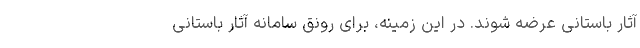
آثار باستانی عرضه شوند. در این زمینه، برای رونق سامانه آثار باستانی